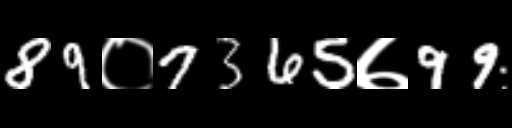
Text: 89०7365७99